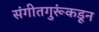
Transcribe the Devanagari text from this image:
संगीतगुरूंकडून